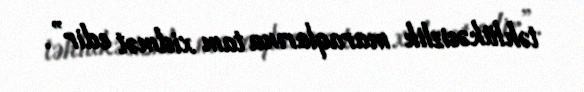
təhlükəsizlik maraqlarına tam xidmət edir”.